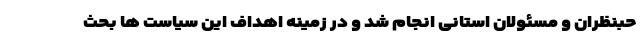
حبنظران و مسئولان استانی انجام شد و در زمینه اهداف این سیاست ها بحث